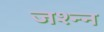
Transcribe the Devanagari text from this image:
जश्न्न